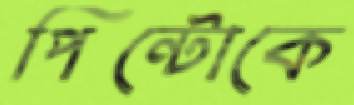
পিন্টোকে